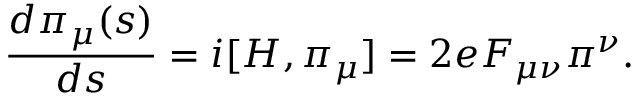
\frac { d \pi _ { \mu } ( s ) } { d s } = i [ H , \pi _ { \mu } ] = 2 e F _ { \mu \nu } \pi ^ { \nu } .